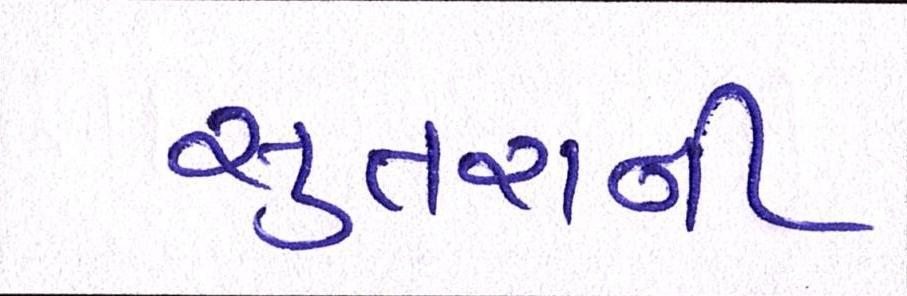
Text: સુતરાની